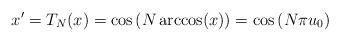
LaTeX: \begin{align*} x'= T_{N}(x)=\cos\left(N \arccos (x)\right)=\cos \left(N\pi u_{0}\right)\end{align*}